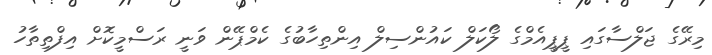
މިރޭގެ ޖަލްސާގައި ޕީޕީއެމްގެ ލޯކަލް ކައުންސިލް އިންތިހާބުގެ ކެމްޕޭން ވަނީ ރަސްމީކޮށް އިފްތިތާހު